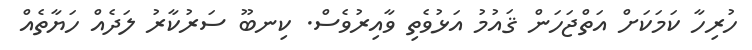
ހުރިހާ ކަމަކަށް އަތްޖަހަން ޤައުމު އަޅުވެތި ވާއިރުވެސް. ކިނބޫ ސަރުކާރު ލަދެއް ހަޔާތެއް